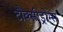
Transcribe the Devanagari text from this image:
टौक्सीड्रोम्स